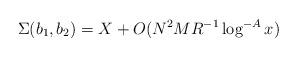
LaTeX: \begin{align*} \Sigma(b_1,b_2)= X + O( N^2 M R^{-1} \log^{-A} x )\end{align*}